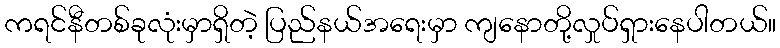
ကရင်နီတစ်ခုလုံးမှာရှိတဲ့ ပြည်နယ်အရေးမှာ ကျနောတို့လှုပ်ရှားနေပါတယ်။